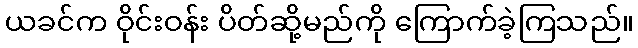
ယခင်က ဝိုင်းဝန်း ပိတ်ဆို့မည်ကို ကြောက်ခဲ့ကြသည်။